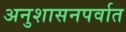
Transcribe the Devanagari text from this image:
अनुशासनपर्वात